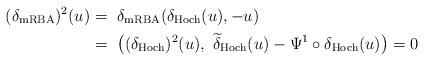
LaTeX: \begin{align*}(\delta_\mathrm{mRBA})^2 (u) =~& \delta_\mathrm{mRBA} ( \delta_\mathrm{Hoch}(u), -u ) \\=~& \big( (\delta_\mathrm{Hoch})^2(u), ~ \widetilde{\delta}_\mathrm{Hoch} (u) - \Psi^1 \circ \delta_\mathrm{Hoch}(u) \big) = 0\end{align*}